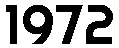
1972